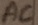
Text: AC